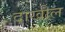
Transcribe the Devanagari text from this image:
दाखील